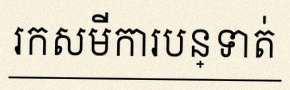
រកសមីការបន្ទាត់